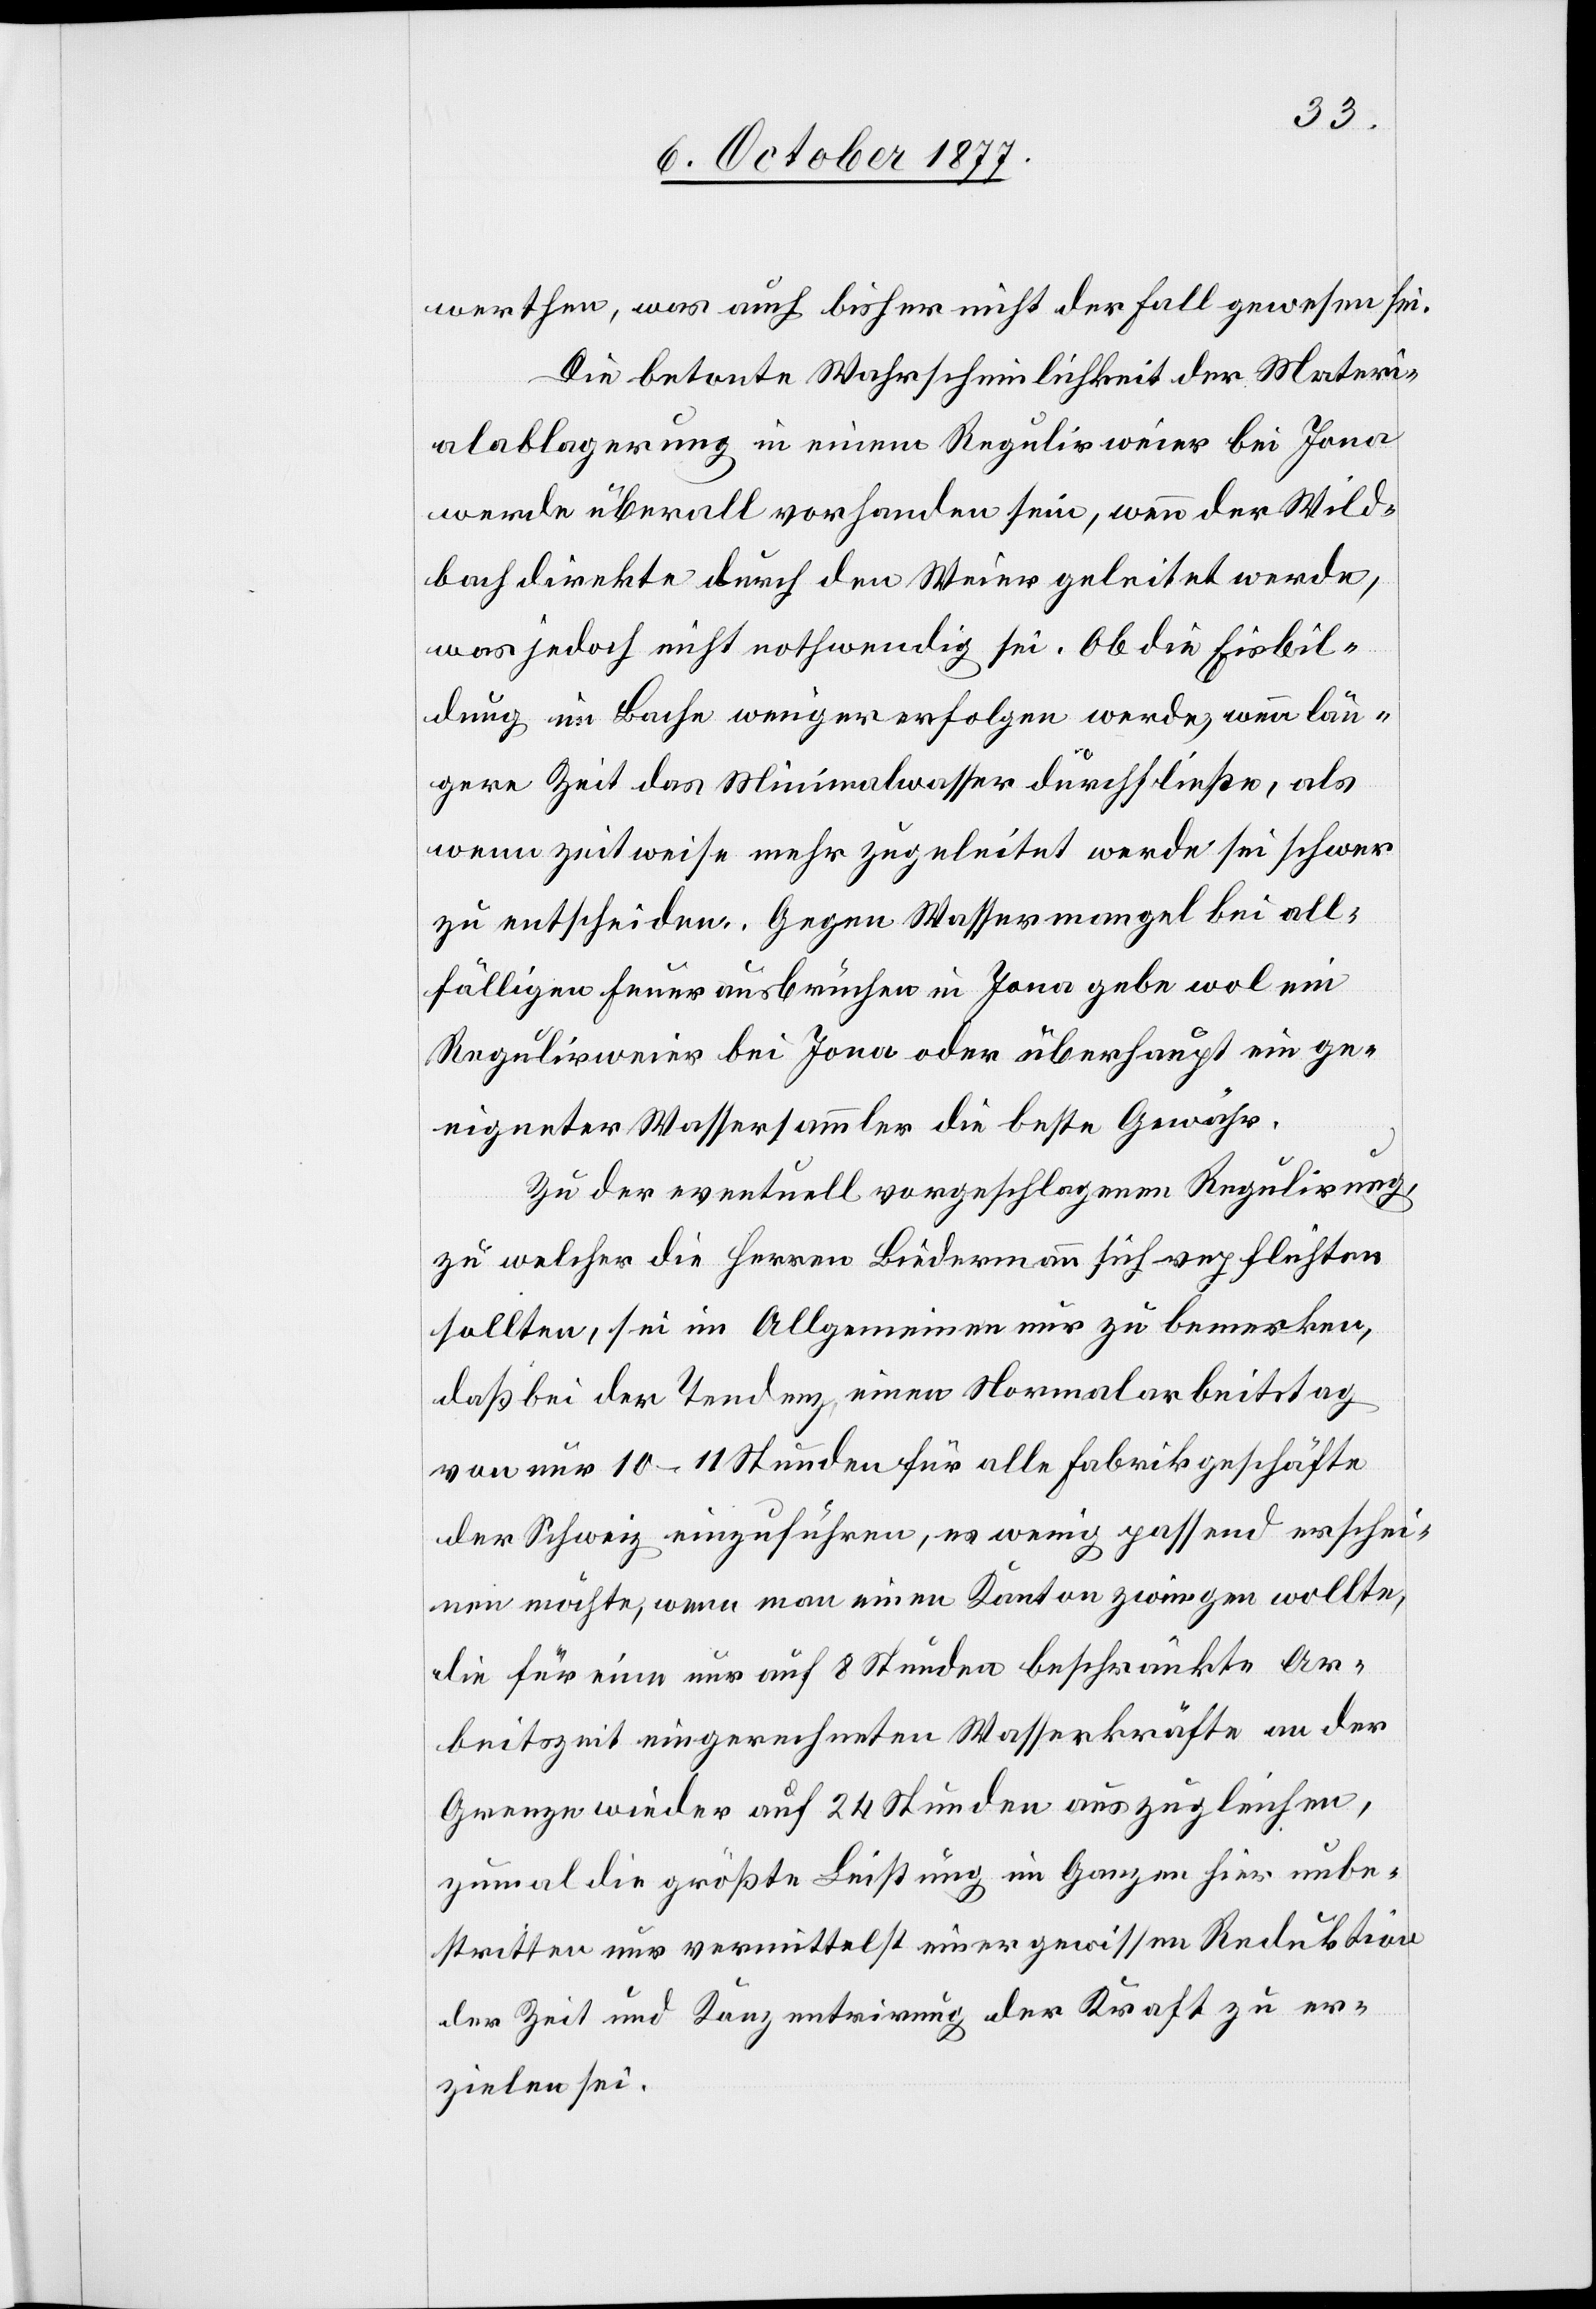
werthen [sic!], was auch bisher nicht der Fall gewesen sei.
Die betonte Wahrscheinlichkeit der Materi¬
alablagerung in einem Regulirweier bei Jona
werde überall vorhanden sein, wenn der Wild¬
bach direkte durch den Weier geleitet werde,
was jedoch nicht nothwendig sei. Ob die Eisbil¬
dung im Bache weniger erfolgen werde, wenn län¬
gere Zeit das Minimalwasser durchfließe, als
wenn zeitweise mehr zugeleitet werde sei schwer
zu entscheiden. Gegen Wassermangel bei all¬
fälligen Feuerausbrüchen in Jona gebe wol ein
Regulirweier bei Jona oder überhaupt ein ge¬
eigneter Wassersammler die beste Gewähr.
Zu der eventuell vorgeschlagenen Regulirung,
zu welcher die Herren Biedermann sich verpflichten
sollten, sei im Allgemeinen nur zu bemerken,
daß bei der Tendenz einen Normalarbeitstag
von nur 10–11 Stunden für alle Fabrikgeschäfte
der Schweiz einzuführen, es wenig passend erschei¬
nen möchte, wenn man einen Kanton zwingen wollte,
die für eine nur auf 8 Stunden beschränkte Ar¬
beitszeit eingerechneten Wasserkräfte an der
Grenze wieder auf 24 Stunden auszugleichen,
zumal die größte Leistung im Ganzen hier unbe¬
stritten nur vermittelst einer gewissen Reduktion
der Zeit und Konzentrirung der Kraft zu er¬
zielen sei.